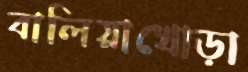
বালিয়াখোড়া